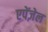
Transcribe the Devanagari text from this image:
एपेंज़ेल